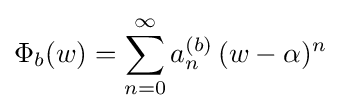
\Phi _{b}(w)=\sum _{n=0}^{\infty }a_{n}^{(b)}\,(w-\alpha )^{n}